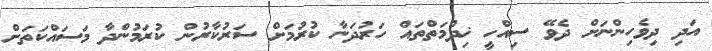
އަދި ދިވެހިންނަށް ދެވޭ ސިއްހީ ޚިދުމަތްތައް ހަރުދަނާ ކުރުމަށް ސަރުކާރުން ކުރަމުންދާ މަސައްކަތަށް